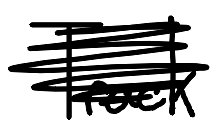
Text: Track
Cross-out: scratch
Writing tool: digital_black